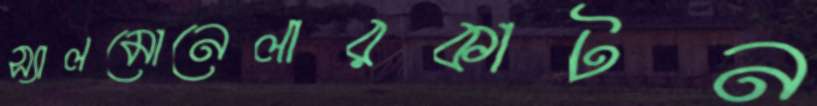
স্যালমোনেলারকাটন